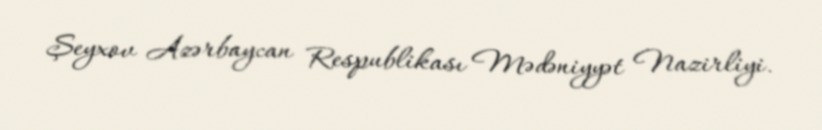
Şeyxov Azərbaycan Respublikası Mədəniyyət Nazirliyi.